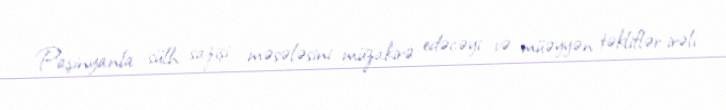
Paşinyanla sülh sazişi məsələsini müzakirə edəcəyi və müəyyən təkliflər irəli